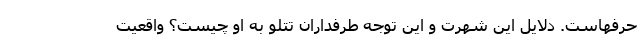
حرفهاست. دلایل این شهرت و این توجه طرفداران تتلو به او چیست؟ واقعیت